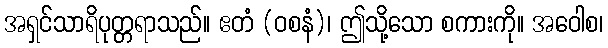
အရှင်သာရိပုတ္တရာသည်။ ဧတံ (ဝစနံ)၊ ဤသို့သော စကားကို။ အဝေါစ၊